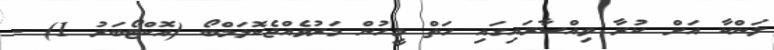
ލަންކާ އަށް ކުރާ ވިއްސާރައިގައި ހަތް މީހުން މަރުވެއްޖެކޮލަމްބޯ (އޮކްޓޯބަރު 1) -